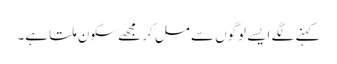
کہنے لگے ایسے لوگوں سے مل کر مجھے سکون ملتا ہے۔